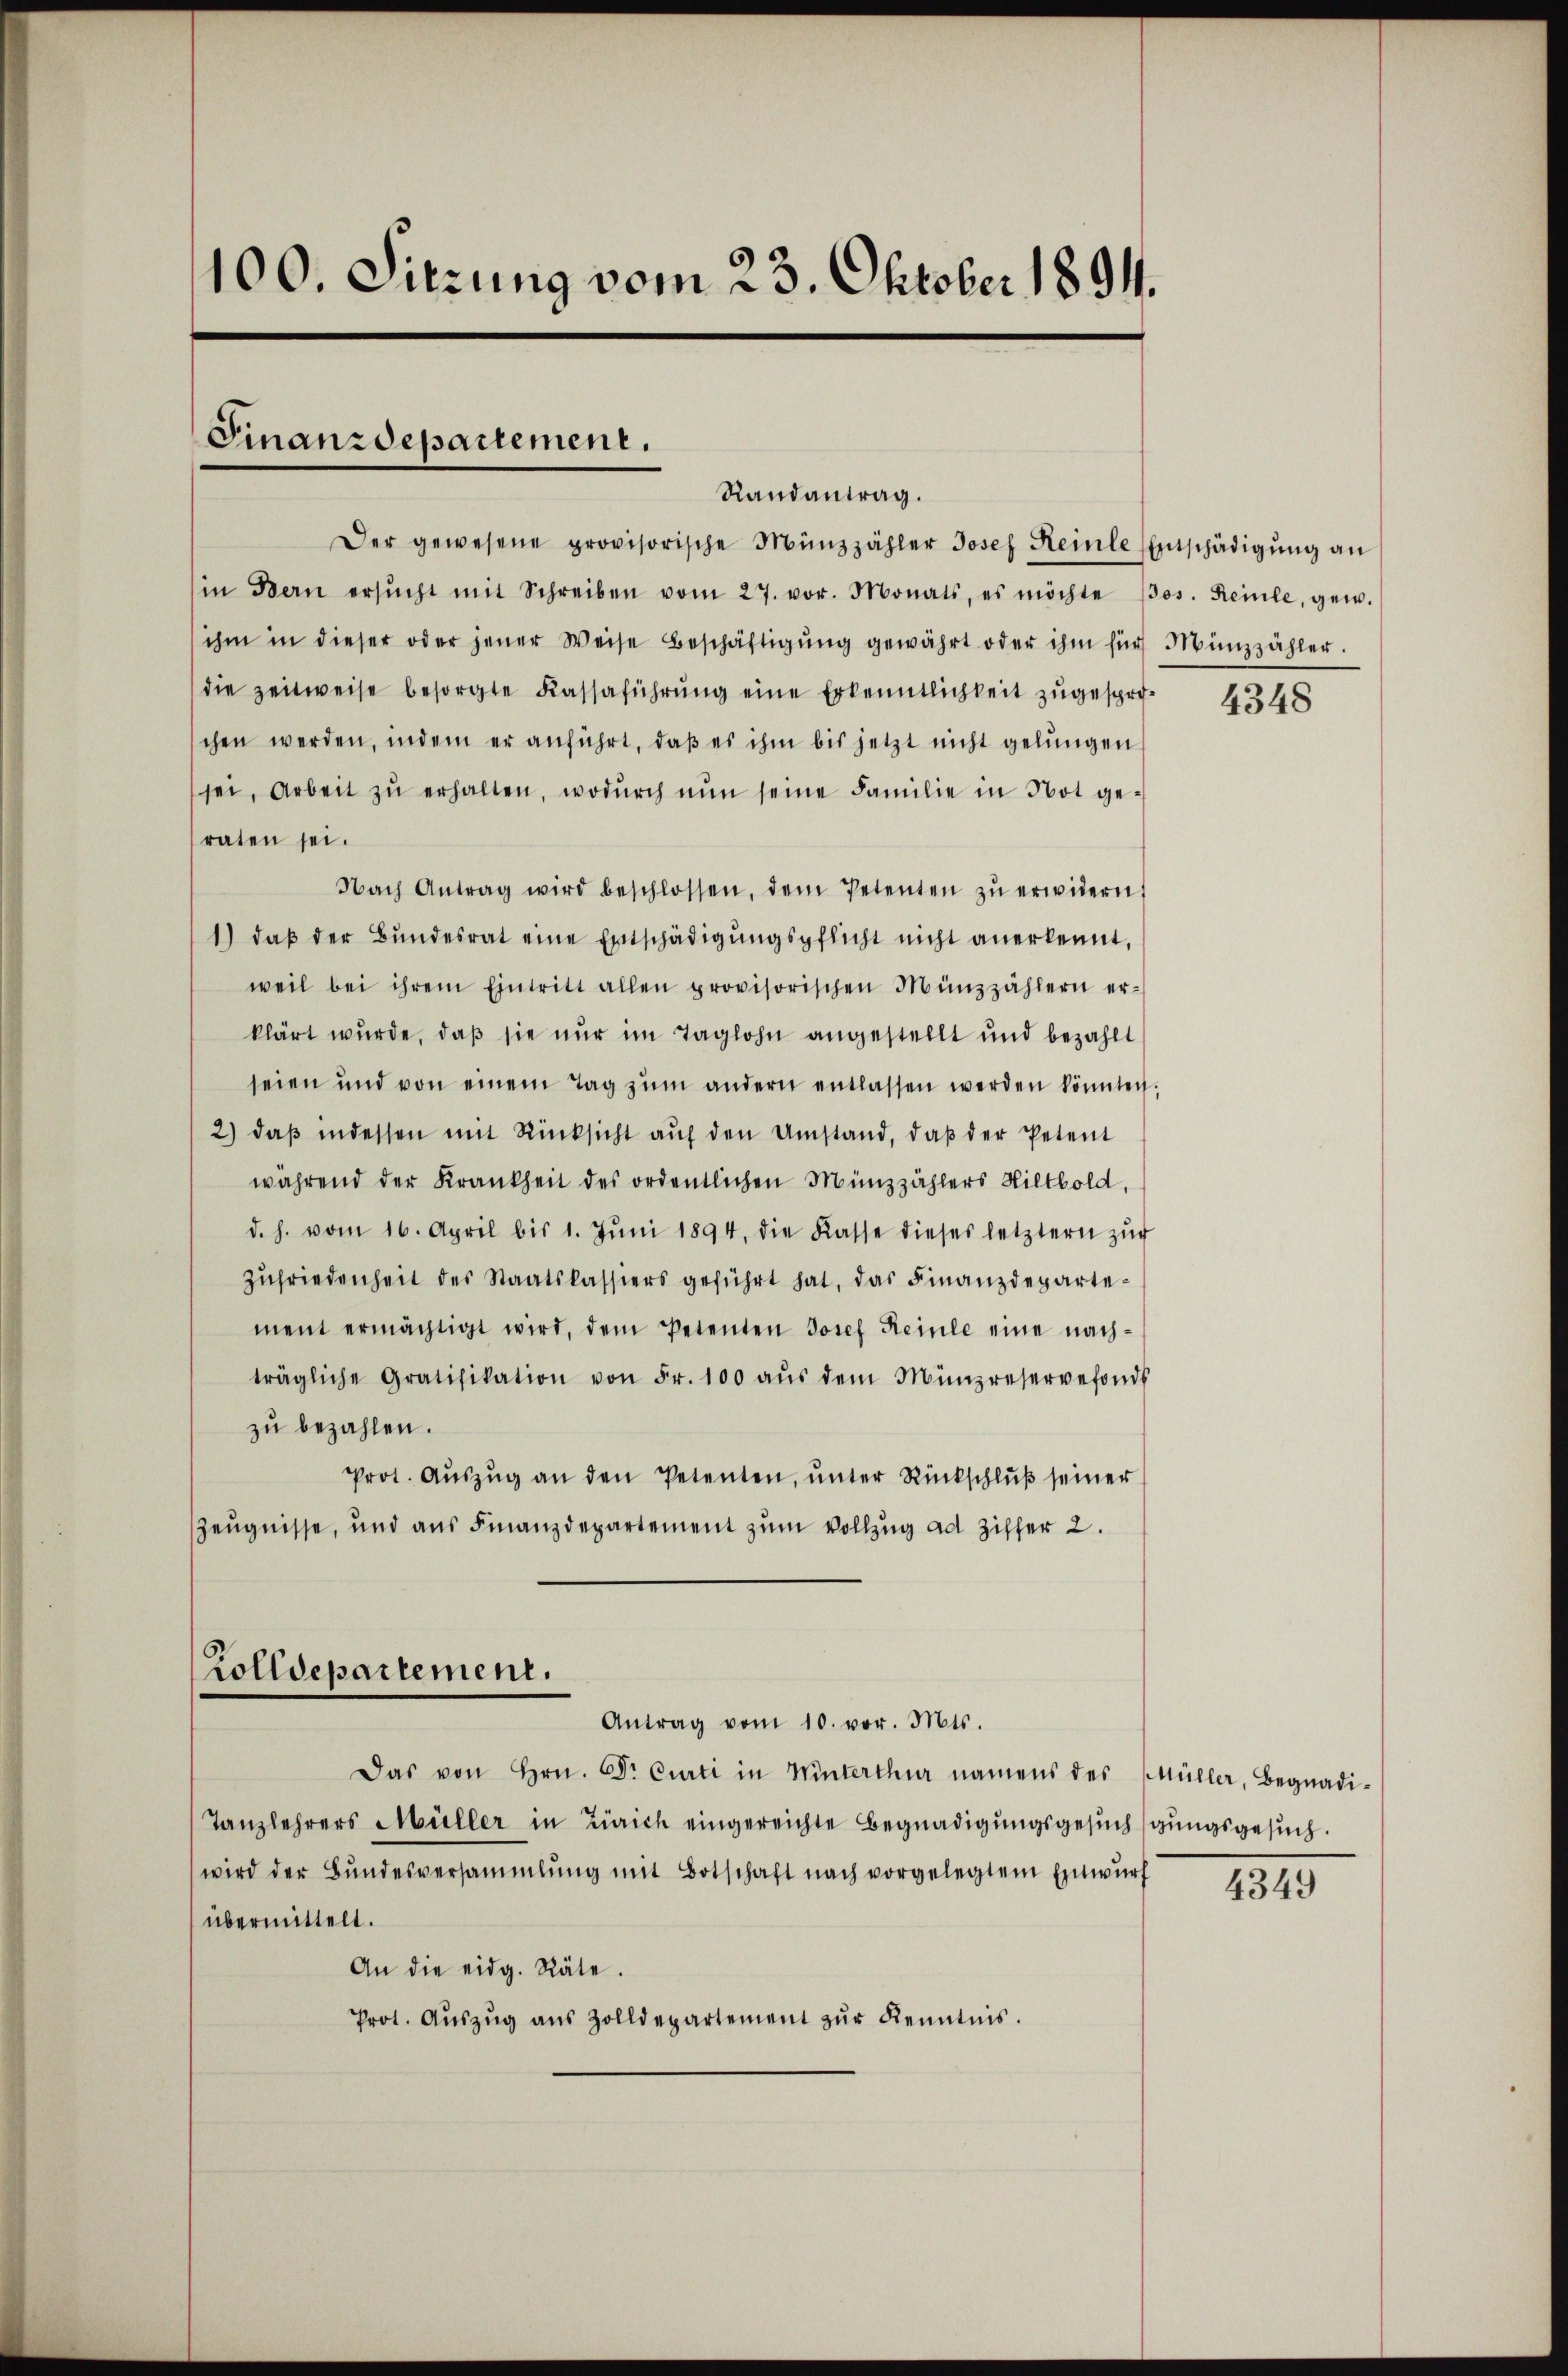
100. Sitzung vom 23. Oktober 1894.

Finanzdepartement.
Randantrag.
Der gewesene provisorische Münzzähler Josef Reinle Entschädigŭng an

in Bern ersŭcht mit Schreiben vom 27. vor. Monats, es möchte Jos. Reinle, gen.
ihm in dieser oder jener Weise Beschäftigŭng gewährt oder ihm für Münzzähler.
die zeitweise besorgte Kassaführŭng eine Erkenntlichkeit zugesprochen werden, indem er anführt, daβ es ihm bis jetzt nicht gelŭngen
sei, Arbeit zŭ erhalten, wodŭrch nŭn seine Familie in Not ge-
raten sei.
Nach Antrag wird beschlossen, dem Petenten zŭ erwidern.
1) daβ der Bŭndesrat eine Entschädigŭngspflicht nicht anerkennt,
weil bei ihrem Eintritt allen provisorischen Münzzählern er-
klärt wurde, daβ sie nur im Taglohn angestellt und bezahlt
seien und von einem Tag zŭm andern entlassen werden könnten.
2) daβ indessen mit Rücksicht aŭf den Umstand, daβ der Petent
während der Krankheit des ordentlichen Münzzählers Hiltbold,
d. h. vom 16. April bis 1. Jŭni 1894, die Kasse dieses letztern zŭr
Zŭfriedenheit des Staatskassiers geführt hat, das Finanzdepartement ermächtigt wird, dem Petenten Josef Keine eine nach-
trägliche Gratifikation von Fr. 100 aŭs dem Münzreservefonds
zu bezahlen.
Prot. Aŭszŭg an den Petenten, ŭnter Rückschlŭβ seiner
ZZeugnisse, und aus Finanzdepartement zum Vollzug ad Ziffer 2.

Zolldepartement.
Antrag vom 10. vor. Mts.

Das von Hrn. Dr Curti in Winterthur namens des Müller, Begnadi¬
Tanzlehrers Müller in Zürich eingereichte Begnadigungsgesuchsgungsgesŭch.
wird der Bŭndesversammlung mit Botschaft nach vorgelegtem Einwŭrf
übermittelt.
An die eidg. Räte.
Prot. Aŭszŭg aŭs Zolldepartement zŭr Kenntnis.

4348

4349